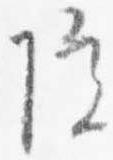
院